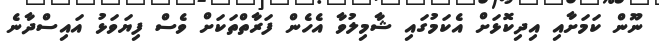
ނޫން ކަމަށާއި އިދިކޮޅަށް އެކަމުގައި ޝާމިލުވާ އެހެން ފަރާތްތަކަށް ވެސް ފިޔަވަޅު އައިސްދާނެ